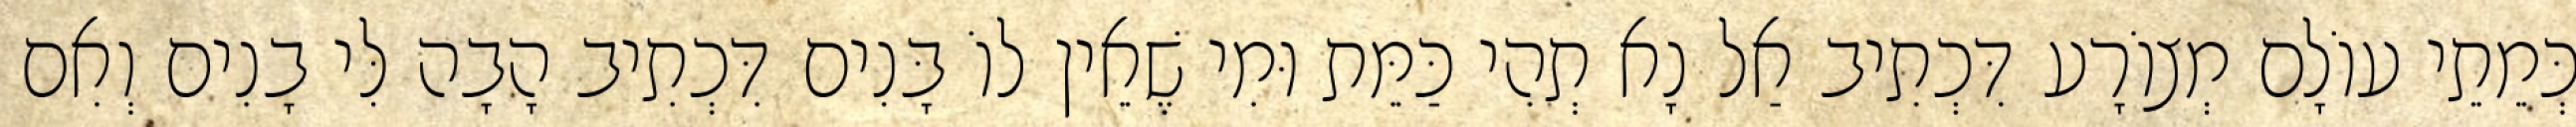
כְּמֵתֵי עוֹלָם מְצוֹרָע דִּכְתִיב אַל נָא תְהִי כַּמֵּת וּמִי שֶׁאֵין לוֹ בָּנִים דִּכְתִיב הָבָה לִּי בָנִים וְאִם